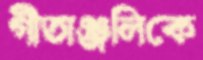
গীতাঞ্জলিকে